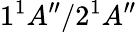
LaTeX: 1{^1}A^{\prime\prime}/2{^1}A^{\prime\prime}